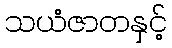
သယံဇာတနှင့်